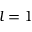
l = 1